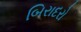
બિરાદરો